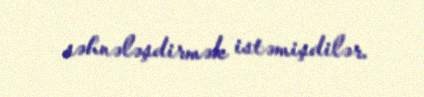
səhnələşdirmək istəmişdilər.